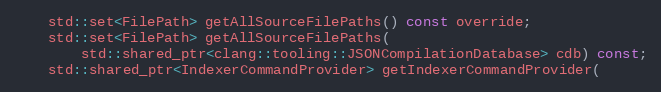
Language: C
	std::set<FilePath> getAllSourceFilePaths() const override;
	std::set<FilePath> getAllSourceFilePaths(
		std::shared_ptr<clang::tooling::JSONCompilationDatabase> cdb) const;
	std::shared_ptr<IndexerCommandProvider> getIndexerCommandProvider(